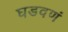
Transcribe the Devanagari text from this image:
घडवणं